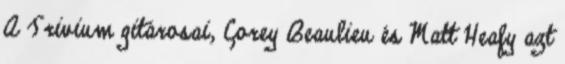
A Trivium gitárosai, Corey Beaulieu és Matt Heafy azt